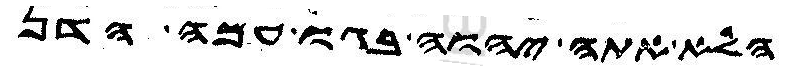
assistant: הלא אתה יהוה בגו עמה הדן